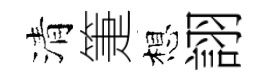
清箑想詡